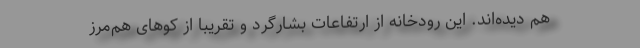
هم دیده‌‌اند. این رودخانه از ارتفاعات بشارگرد و تقریبا از کوهای هم‌مرز